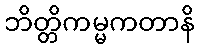
ဘိတ္တိကမ္မကတာနိ